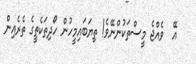
އޭ  ވެއްޖެ މީސްތަކުންނޭވެ! ތިޔަބައިމީހުން ހޯދިތަކެތީގެ ތެރެއިން